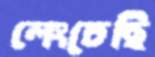
লেংচেছি